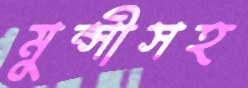
মুন্সীসহ